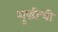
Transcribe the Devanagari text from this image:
शुद्धीची